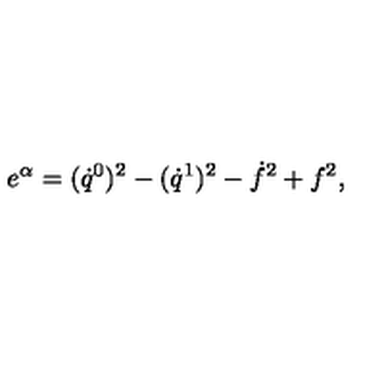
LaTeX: e ^ { \alpha } = ( \dot { q } ^ { 0 } ) ^ { 2 } - ( \dot { q } ^ { 1 } ) ^ { 2 } - \dot { f } ^ { 2 } + f ^ { 2 } ,